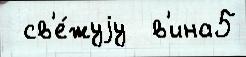
 св'е́жуjу  в'ина5